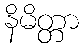
နိမိတ္တာ